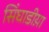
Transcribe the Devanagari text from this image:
सिंघाडीय़ा